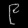
Digit: ၉